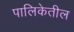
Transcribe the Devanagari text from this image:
पालिकेतील